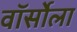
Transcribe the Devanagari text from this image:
वॉर्सोला